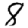
Digit: 8